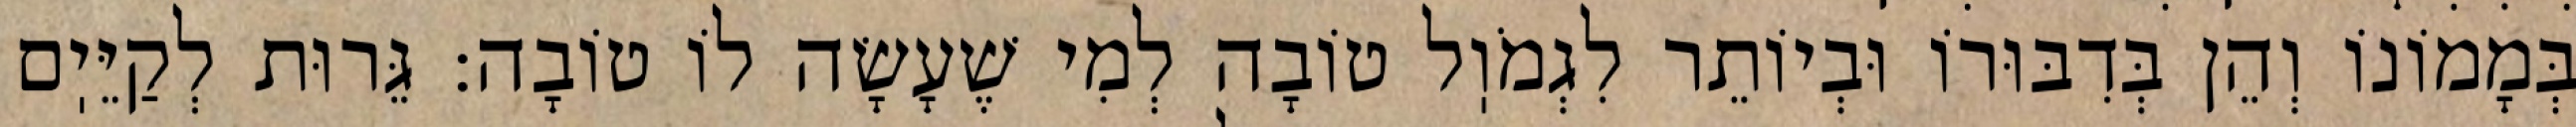
בְּמָמוֹנוֹ וְהֵן בְּדִבּוּרוֹ וּבְיוֹתֵר לִגְמֹוֽל טוֹבָה לְמִי שֶׁעָשָׂה לוֹ טוֹבָה: גֵּרוּת לְקַיֵּיֽם